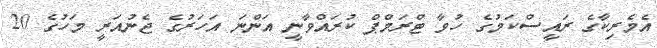
އެމެރިކާގެ ރައީސްކަމުގެ ހުވާ ޓްރަމްޕް ކުރައްވާނީ އަންނަ އަހަރުގެ ޖެނުއަރީ މަހުގެ 20